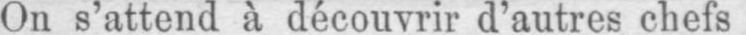
On s’attend à découvrir d’autres chefs